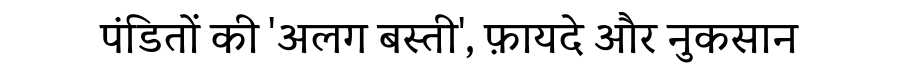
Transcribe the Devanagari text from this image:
पंडितों की 'अलग बस्ती', फ़ायदे और नुकसान